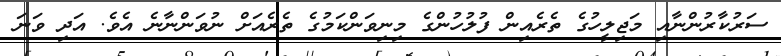
ސަރުކާރުންނާއި މަޖިލީހުގެ ތެރެއިން ފުލުހުންގެ މިނިވަންކަމުގެ ތެރެއަށް ނުވަންނާނެ އެވެ. އަދި ވަނަ